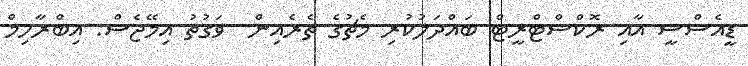
ޑީއެސްސީ އާއި ރޮކްސްޓްރީޓް ބައްދަލުކުރި މެޗުގެ ތެރެއިން  ވަގުތު އިމޭޖެސް: އިބްރާހިމް